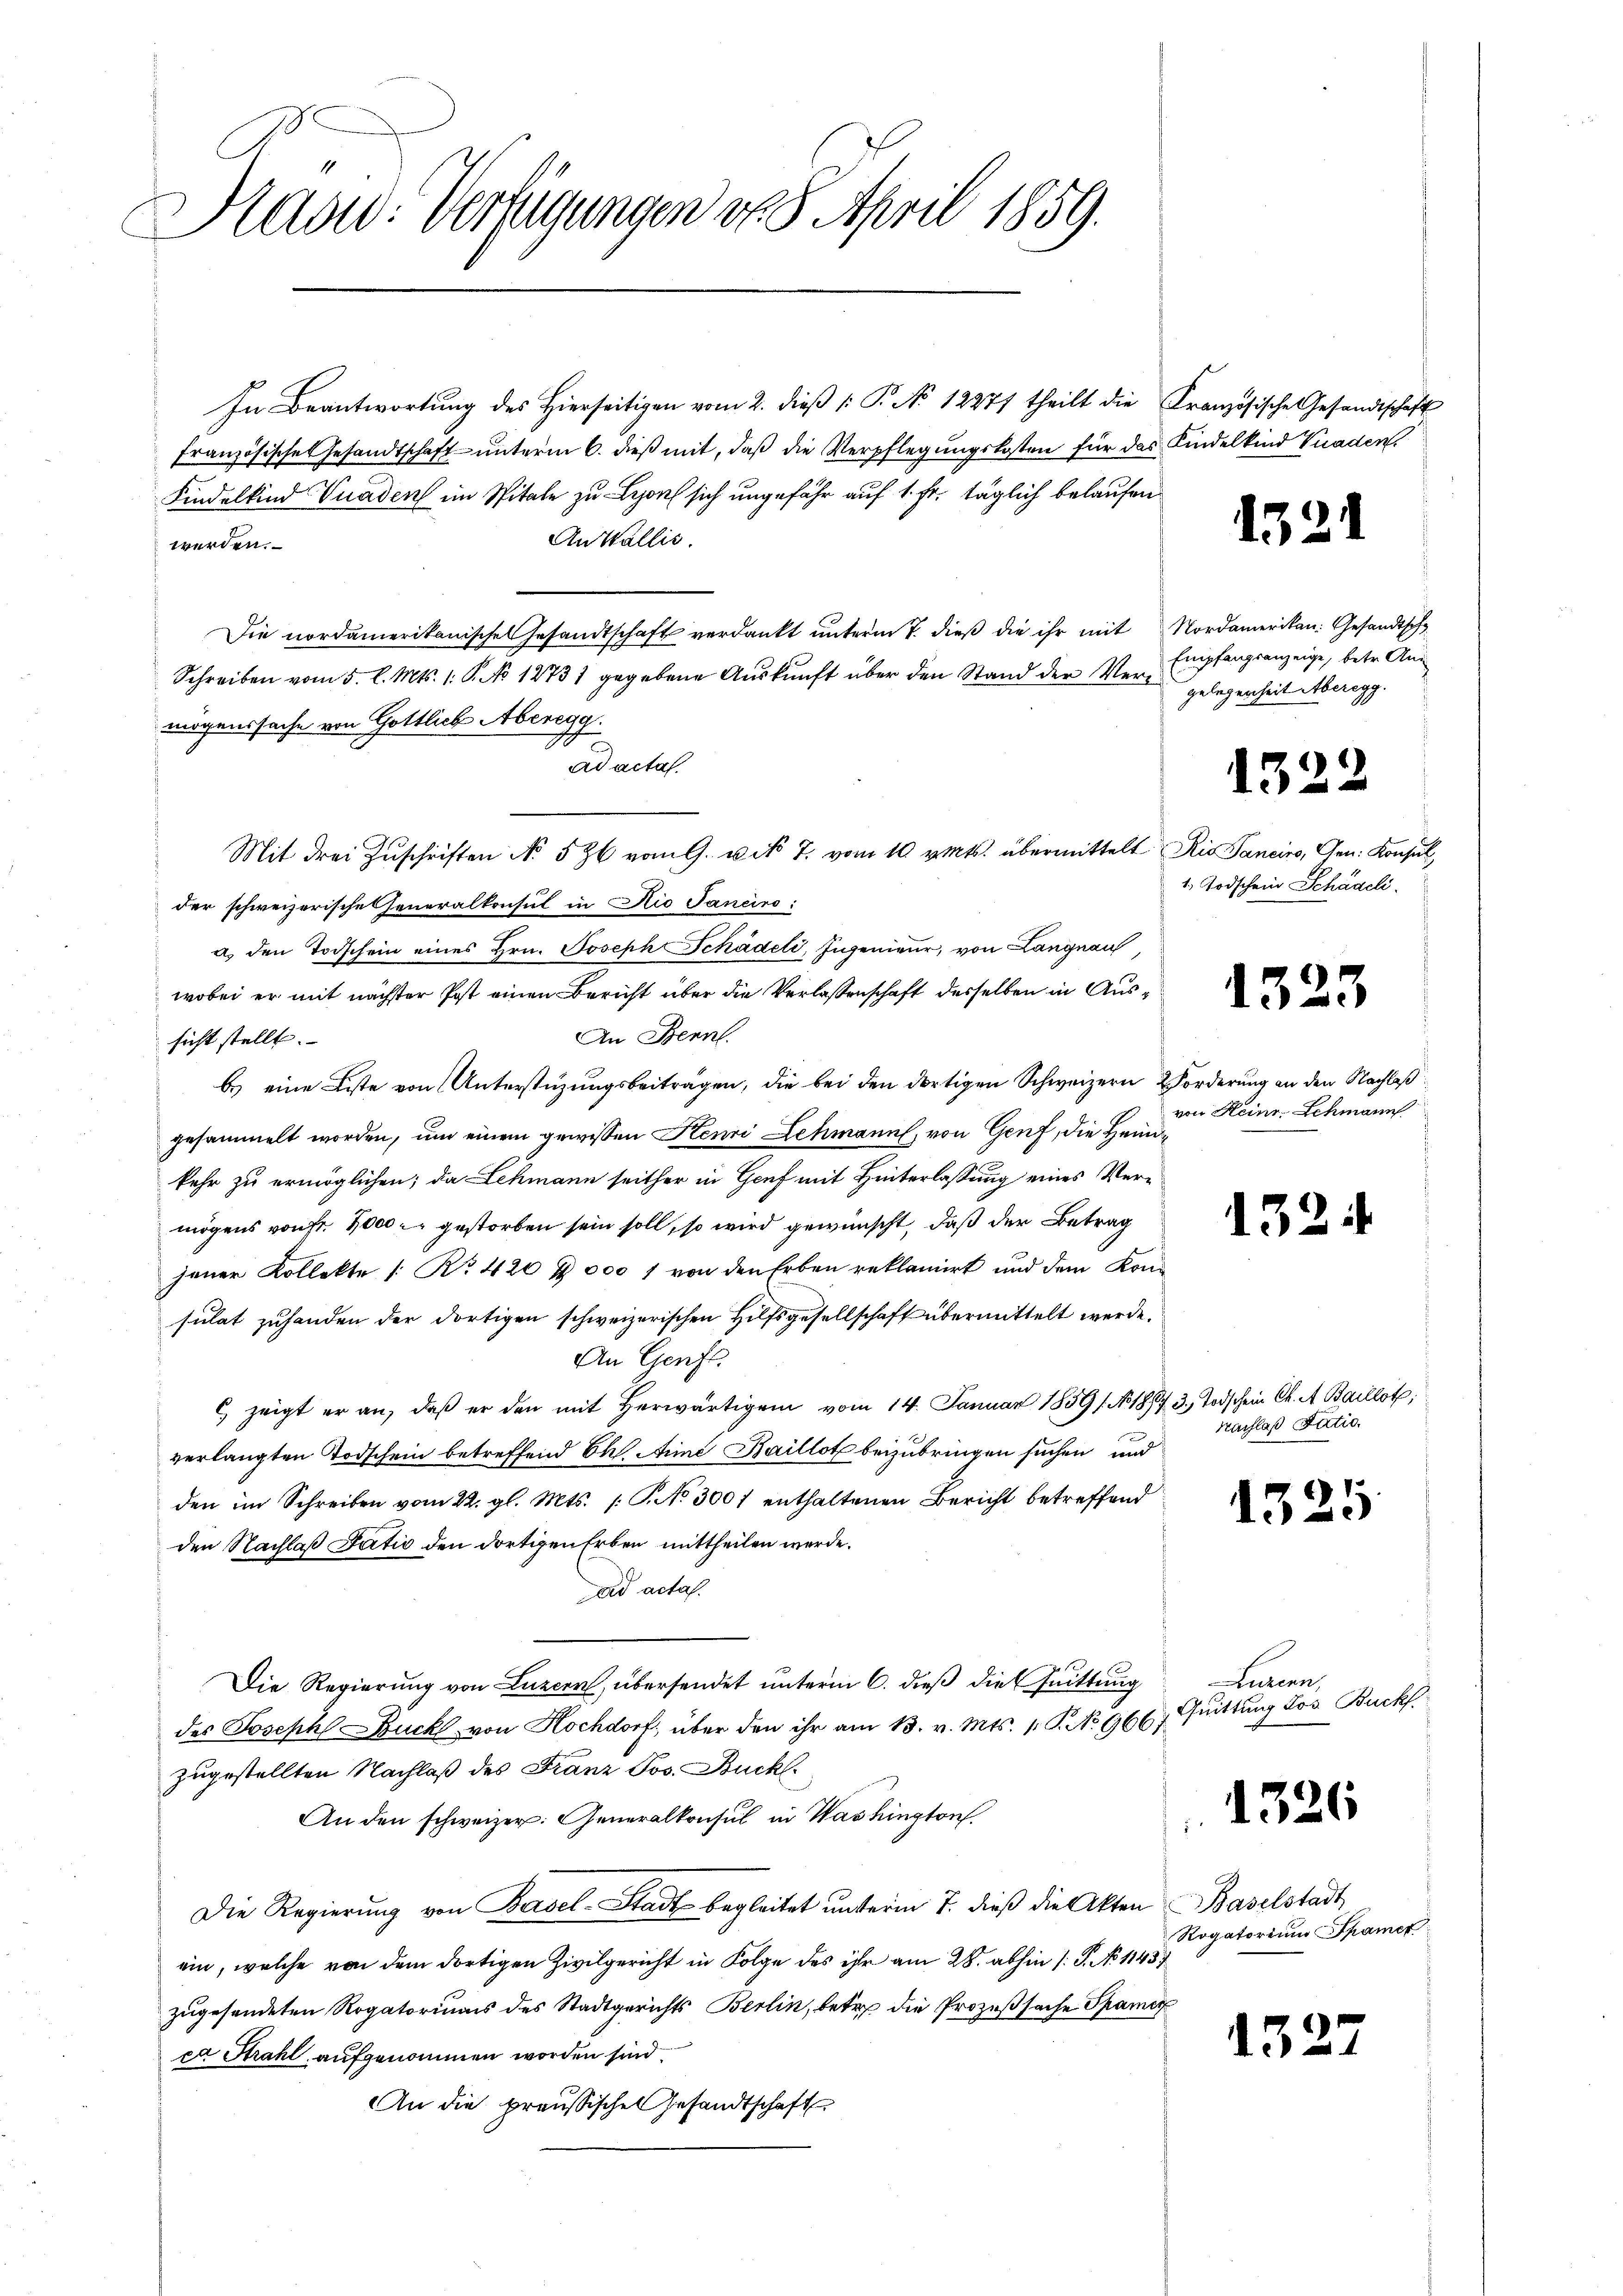
Präsid. Verfügungen v. 5. April 1859.

In Beantwortung des Hierseitigen vom 2. dieß (: P. No 12271 theilt die
französische Gesandtschaft unterm 6. dieß mit, daß die Verpflegungskosten für das Kindelkind Viaden,
Findelkind Vuaden im Spitale zu Lyon sich ungefähr auf 1. Fr. täglich belaufen
An Wallis.
werden.
Die nordamerikanisches Gesandtschaft verdankt unterm 7. dieß die ihr mit Nordamerikan: Gesandtsch
Schreiben vom 5. l. Mts. 1. P. No 12731 gegebene Auskunft über den Stand der Vermögenssache von Gottlich Aberegg.
1
ad acta.
Mit drei Zŭschriften No 526 vom 9. Mit 7. vom 10 v. Mts. übermittelt
der schweizerische Generalkonsul in Rio Janeiro:
a) den Todschein eines Hrn. Joseph Schädeli, Ingenieur, von Langnau
wobei er mit nächster Post einen Bericht über die Verlassenschaft desselben in Aus¬
An Bennl.
sicht stellt.
b.) eine Liste von Unterstüzungsbeiträgen, die bei den dortigen Schweizern Vorderung an den Nachlaßgesammelt worden, um einem gewissen Henri Lehmann, von Genf, die Heimkehr zu ermöglichen; da Lehmann seither in Genf mit Hinterlassung eines Vermögens von Fr. 1000 gestorben sein soll, so wird gewünscht, daß der Betrag
jener Kollekte 1. No. 420 & 000 f von den Erben reklamirt und dem Kon-
sulat zuhanden der dortigen schweizerischen Hilfsgesellschaft übermittelt werde.
An Genft.
) zeigt er an, daß er den mit herwärtigen vom 14. Januar 1859 1. No. 185
verlangten Todschein betreffend Bestime Baillot beizubringen suchen und
den im Schreiben vom 22. gl. Mts. /: P. No 300f enthaltenen Bericht betreffend
den Nachlaß datio den dortigen Erben mittheilen werde.
ad acta.
Die Regierung von Luzern, übersendet unterm 6. dieß die Quittung
des Joseph Bruck von Hochdorf über den ihr am 13. v. Mts. 1. P. No 966,
zugestellten Nachlaß des Franz Jos. Buckl
An den schweizer: Generalkonsul in Washington
Die Regierŭng von Basel-Stadt begleitet unterm 7. dieß die Akten
ein, welche von dem dortigen Zivilgericht in Folge des ihr am 28. abhin 1. P. No 1145
zugesendeten Rogatoriums des Stadtgerichts Berlin, betr. die Prozeßsache Spano
ca Strahl aufgenommen worden sind.
An die preußischen Gesandtschaft

Französische Gesandtschaft

Empfangsanzeige, betr. An
gelegenheit Aberegg.

Rio Sanciro, Gen. Konsul
1. Todschein Schädeli

15

15.

von Heinr. Schmann

¬

13.

15

2

3. Todschein Ch. A. Baillot;
Nachlaß datio

1326

132

1323

1

Lurenn
Quittung Jos. Buckf

Baselstadt
Rogatorium Spamer